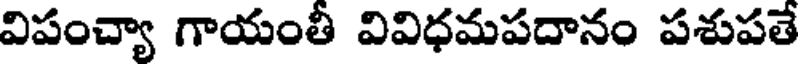
విపంచ్యా గాయంతీ వివిధమపదానం పశుపతే